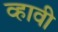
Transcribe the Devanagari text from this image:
व्‍हावी